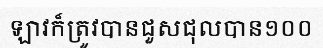
ឡាវក៏ត្រូវបានជួសជុលបាន១០០